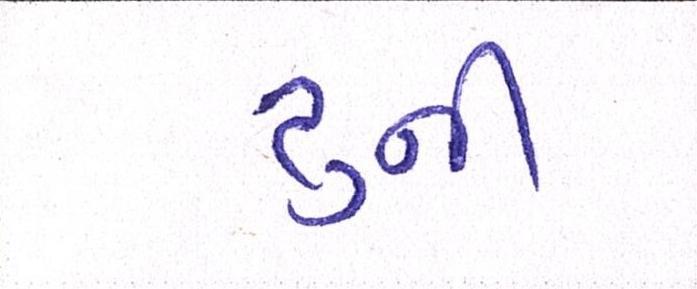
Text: ટુની